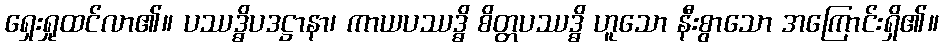
ရှေးရှုထင်လာ၏။ ပဿဒ္ဓိပဒဋ္ဌာနာ၊ ကာယပဿဒ္ဓိ စိတ္တပဿဒ္ဓိ ဟူသော နီးစွာသော အကြောင်းရှိ၏။